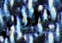
الأواني